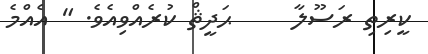
ކީރިތި ރަސޫލާ     ޙަދީޘް ކުރެއްވިއެވެ. " އެއްމެ